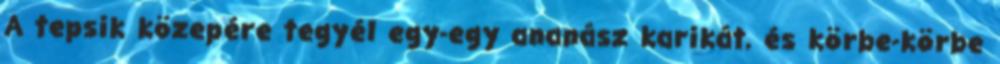
A tepsik közepére tegyél egy-egy ananász karikát, és körbe-körbe